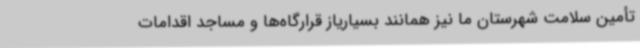
تأمین سلامت شهرستان ما نیز همانند بسیاریاز قرارگاه‌ها و مساجد اقدامات